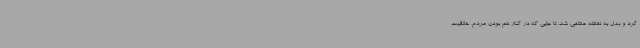
کرد و بدل به نقطه عطفی شد. تا جایی که در کنار هم بودن مردم، خلاقیت